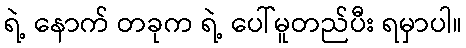
ရဲ့ နောက် တခုက ရဲ့ ပေါ်မူတည်ပီး ရမှာပါ။